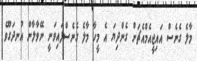
މާލެ ގެނެސް އައިޖީއެމްއެޗަށް ގެންދިޔަ އެ މީހާ މާލެ ގެނެސްފައިވަނީ ނޭވާލާން އުނދަގޫވެ